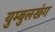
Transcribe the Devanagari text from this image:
युम्बुलखंग